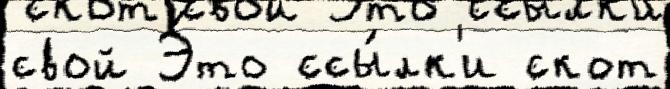
свой Э́то ссы́лк'и скот